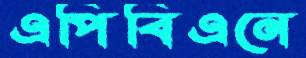
এপিবিএনে